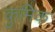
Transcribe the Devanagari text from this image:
कुमिक